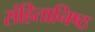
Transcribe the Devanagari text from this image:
संहितानिष्ठ